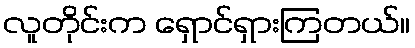
လူတိုင်းက ရှောင်ရှားကြတယ်။